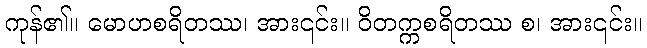
ကုန်၏။ မောဟစရိတဿ၊ အား၎င်း။ ဝိတက္ကစရိတဿ စ၊ အား၎င်း။